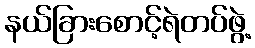
နယ်ခြားစောင့်ရဲတပ်ဖွဲ့